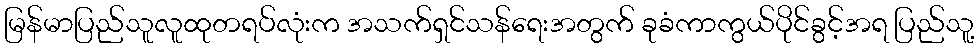
မြန်မာပြည်သူလူထုတရပ်လုံးက အသက်ရှင်သန်ရေးအတွက် ခုခံကာကွယ်ပိုင်ခွင့်အရ ပြည်သူ့